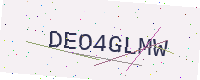
Text: DEO4GLMW